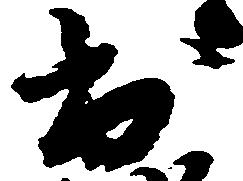
出